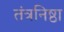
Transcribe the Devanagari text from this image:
तंत्रनिष्ठा